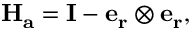
\mathbf { H _ { a } = I - e _ { r } \otimes e _ { r } } ,